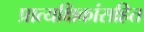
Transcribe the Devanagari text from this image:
प्रात्यक्षिकांसहित